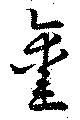
鑿